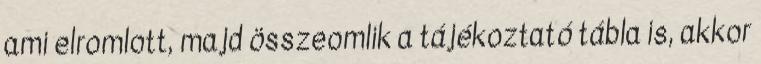
ami elromlott, majd összeomlik a tájékoztató tábla is, akkor